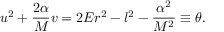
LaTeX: u ^ { 2 } + \frac { 2 \alpha } { M } v = 2 E r ^ { 2 } - l ^ { 2 } - \frac { \alpha ^ { 2 } } { M ^ { 2 } } \equiv \theta .